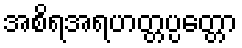
အစိရအရဟတ္တပ္ပတ္တော